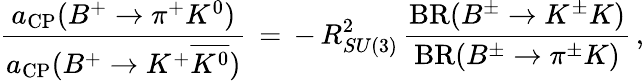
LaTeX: \frac{a_{\mathrm{CP}}(B^{+}\to\pi^{+}K^{0})}{a_{\mathrm{CP}}(B^{+}\to K^{+}\overline{{{K^{0}}}})}\, =\, -\, R_{SU(3)}^{2}\, \frac{\mathrm{BR}(B^{\pm}\to K^{\pm}K)}{\mathrm{BR}(B^{\pm}\to\pi^{\pm}K)}\, ,